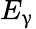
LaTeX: E_{\upgamma}